Civil Veterinary Department Bihar reports 1940-50 - 1940-1950
Year: 1940
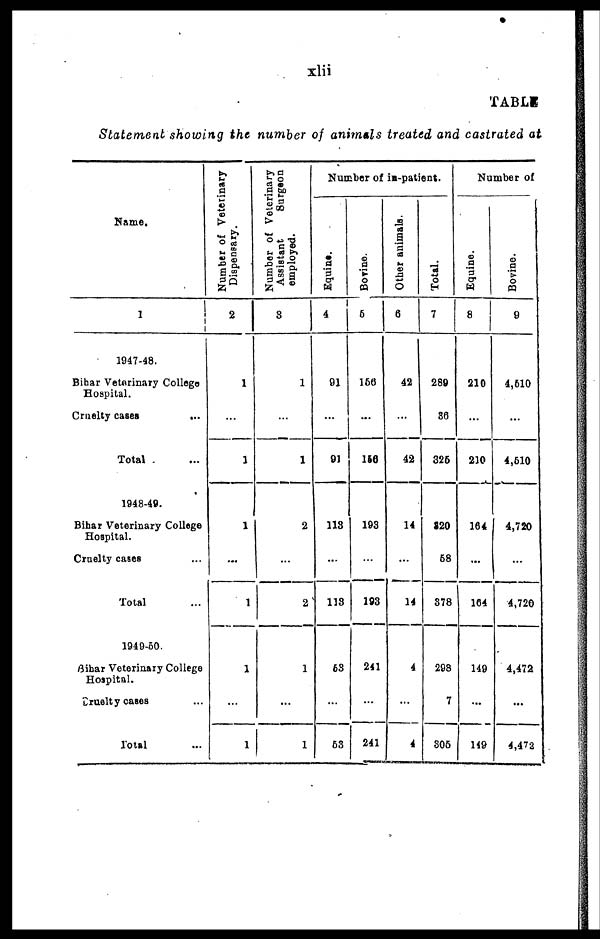
xlii
TABLE
Statement showing the number of animals treated and castrated at
Name.
1
1947-48.
Bihar Veterinary College
Hospital.
Cruelty cases
...
Total. ...
1648-49.
Bihar Veterinary College
Hospital.
Cruelty cases ...
Total ...
1940-50.
Bihar Veterinary College
Hospital.
Druelty cases ...
Total ...
Number of Veterinary
Dispensary.
2
1
...
1
1
...
1
1
...
1
Number of Veterinary
Assistant
Surgeon
employed.
3
1
...
1
2
...
2
1
...
1
Number of in-patient.
Equine.
4
91
...
91
113
...
118
63
...
63
Bovine.
5
160
...
156
193
...
193
241
...
241
Other animals.
6
42
...
42
14
...
14
4
...
4
Total.
7
280
86
326
S20
68
378
298
7
306
Number of
Equine.
8
210
...
210
164
...
164
149
...
149
Bovine.
9
4,610
...
4,610
4,720
...
4,720
4,472
...
4,472